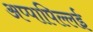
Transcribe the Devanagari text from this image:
अप्पापिल्लई